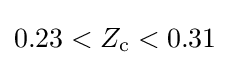
0.23<Z_{\text{c}}<0.31